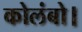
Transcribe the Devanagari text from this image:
कोलंबो।